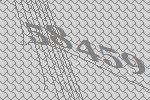
58459